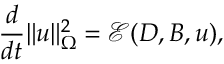
\frac { d } { d t } \| u \| _ { \Omega } ^ { 2 } = \mathcal { E } ( D , B , u ) ,